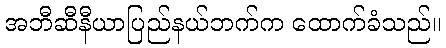
အဘီဆီနီယာပြည်နယ်ဘက်က ထောက်ခံသည်။